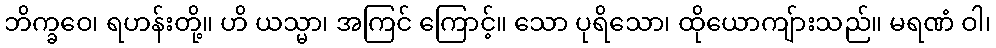
ဘိက္ခဝေ၊ ရဟန်းတို့။ ဟိ ယသ္မာ၊ အကြင် ကြောင့်။ သော ပုရိသော၊ ထိုယောကျ်ားသည်။ မရဏံ ဝါ၊